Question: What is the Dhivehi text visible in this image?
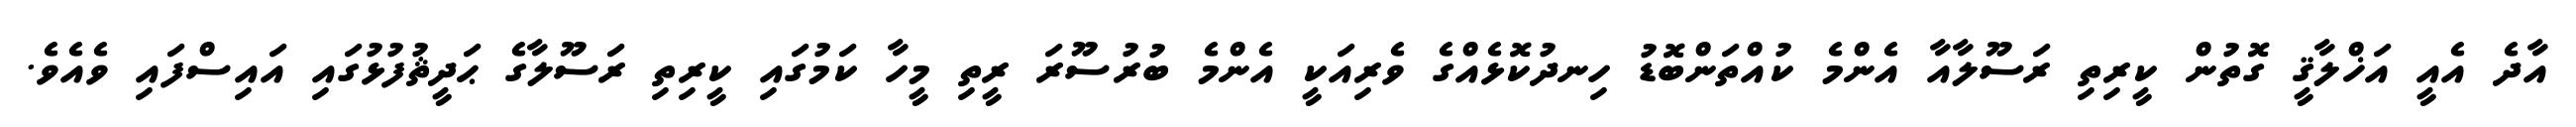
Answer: އާދެ އެއީ އަޚްލާޤީ ގޮތުން ކީރިތި ރަސޫލާއާ އެންމެ ކުއްތަންބޮޑު ހިނދުކޮޅެއްގެ ވެރިއަކީ އެންމެ ބުރުސޫރަ ރީތި މީހާ ކަމުގައި ކީރިތި ރަސޫލާގެ ޙަދީޘުފުޅުގައި އައިސްފައި ވެއެވެ.